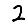
Digit: 2